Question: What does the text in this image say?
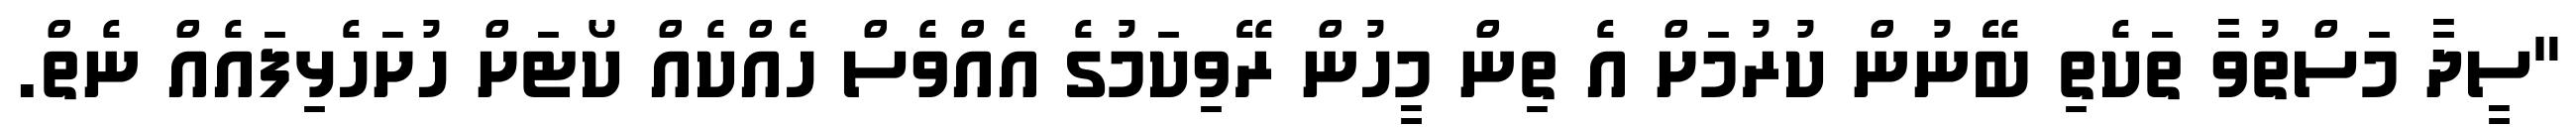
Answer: "ސީދާ މަސްތުވާ ތަކެތި ބޭނުން ކުރުމަށް އެ ތިން މީހުން ރޭވިކަމުގެ އެއްވެސް ހެއްކެއް ކޯޓަށް ހުށަހެޅިފައެއް ނެތް.